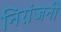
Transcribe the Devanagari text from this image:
निरांजनी